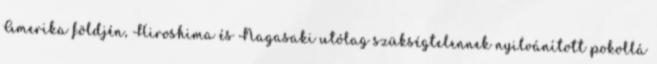
Amerika földjén, Hiroshima és Nagasaki utólag szükségtelennek nyilvánított pokollá